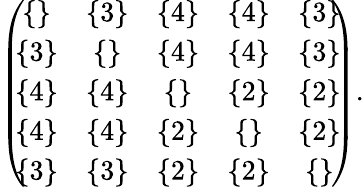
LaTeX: \begin{array}{r}{\left(\! \! \begin{array}{ccccc}{\{ \} }&{\{ 3\} }&{\{ 4\} }&{\{ 4\} }&{\{ 3\} }\\ {\{ 3\} }&{\{ \} }&{\{ 4\} }&{\{ 4\} }&{\{ 3\} }\\ {\{ 4\} }&{\{ 4\} }&{\{ \} }&{\{ 2\} }&{\{ 2\} }\\ {\{ 4\} }&{\{ 4\} }&{\{ 2\} }&{\{ \} }&{\{ 2\} }\\ {\{ 3\} }&{\{ 3\} }&{\{ 2\} }&{\{ 2\} }&{\{ \} }\end{array}\! \! \right).}\end{array}